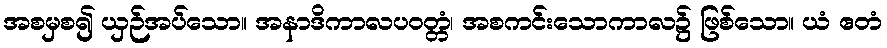
အစမှစ၍ ယှဉ်အပ်သော။ အနာဒိကာလပဝတ္တံ၊ အစကင်းသောကာလ၌ ဖြစ်သော။ ယံ ဧတံ